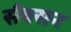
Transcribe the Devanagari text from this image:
सँक्सन